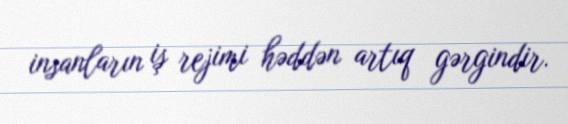
insanların iş rejimi həddən artıq gərgindir.